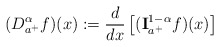
\begin{align*} (D _{a^+}^{\alpha} f)(x):= \frac{d}{dx} \left[ ({\bf I}_{a^+}^{1-\alpha} f)(x)\right]\end{align*}